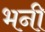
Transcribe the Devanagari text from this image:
भनी